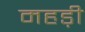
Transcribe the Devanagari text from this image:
महड़ी